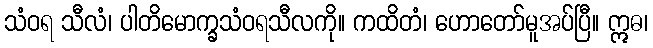
သံဝရ သီလံ၊ ပါတိမောက္ခသံဝရသီလကို။ ကထိတံ၊ ဟောတော်မူအပ်ပြီ။ ဣဓ၊